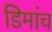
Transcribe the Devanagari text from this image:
डिमांच